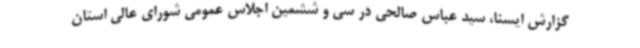
گزارش ایسنا، سید عباس صالحی در سی و ششمین اجلاس عمومی شورای عالی استان